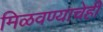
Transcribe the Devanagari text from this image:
मिळवण्याचेही